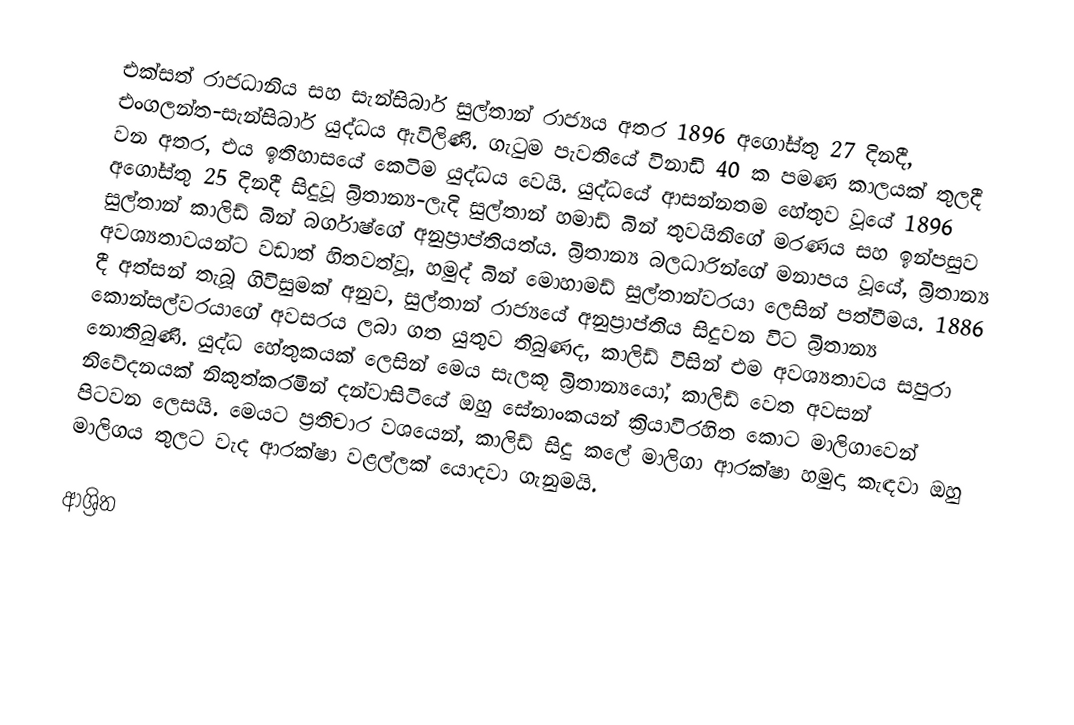
එක්සත් රාජධානිය සහ සැන්සිබාර් සුල්තාන් රාජ්‍යය අතර  1896 අගෝස්තු 27 දිනදී, එංගලන්ත-සැන‍්සිබාර්  යුද්ධය   ඇවිලිණි.  ගැටුම පැවතියේ විනාඩි 40 ක පමණ කාලයක් තුලදී වන අතර,  එය ඉතිහාසයේ කෙටිම යුද්ධය වෙයි.   යුද්ධයේ ආසන්නතම හේතුව වූයේ 1896 අගෝස්තු 25 දිනදී සිදුවූ  බ්‍රිතාන්‍ය-ලැදි සුල්තාන් හමාඩ් බින් තුවයිනිගේ මරණය සහ ඉන්පසුව  සුල්තාන් කාලිඩ් බින් බර්ගාෂ්ගේ අනුප්‍රාප්තියත්ය. බ්‍රිතාන්‍ය බලධාරින්ගේ මනාපය වූයේ, බ්‍රිතාන්‍ය අවශ්‍යතාවයන්ට වඩාත් හිතවත්වූ,    හමුද් බින් මොහාමඩ් සුල්තාන්වරයා ලෙසින් පත්වීමය. 1886 දී අත්සන් තැබූ ගිවිසුමක් අනුව, සුල්තාන් රාජ්‍යයේ  අනුප්‍රාප්තිය සිදුවන විට බ්‍රිතාන්‍ය  කොන්සල්වරයාගේ අවසරය ලබා ගත යුතුව තිබුණද, කාලිඩ් විසින් එම අවශ්‍යතාවය සපුරා නොතිබුණි. යුද්ධ හේතුකයක් ලෙසින් මෙය සැලකූ බ්‍රිතාන්‍යයෝ, කාලිඩ් වෙත අවසන් නිවේදනයක් නිකුත්කරමින් දන්වාසිටියේ ඔහු සේනාංකයන් ක්‍රියාවිරහිත කොට මාලිගාවෙන් පිටවන ලෙසයි. මෙයට ප්‍රතිචාර වශයෙන්, කාලිඩ් සිදු කලේ මාලිගා ආරක්ෂා හමුදා කැඳවා ඔහු මාලිගය තුලට වැද ආරක්ෂා වළල්ලක් යොදවා ගැනුමයි.

ආශ්‍රිත